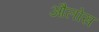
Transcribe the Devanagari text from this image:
औलोस